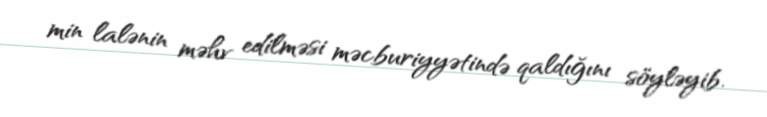
min lalənin məhv edilməsi məcburiyyətində qaldığını söyləyib.